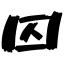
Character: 囚